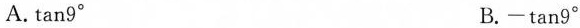
A. \tan 9^{\circ} B.-\tan 9^{\circ}